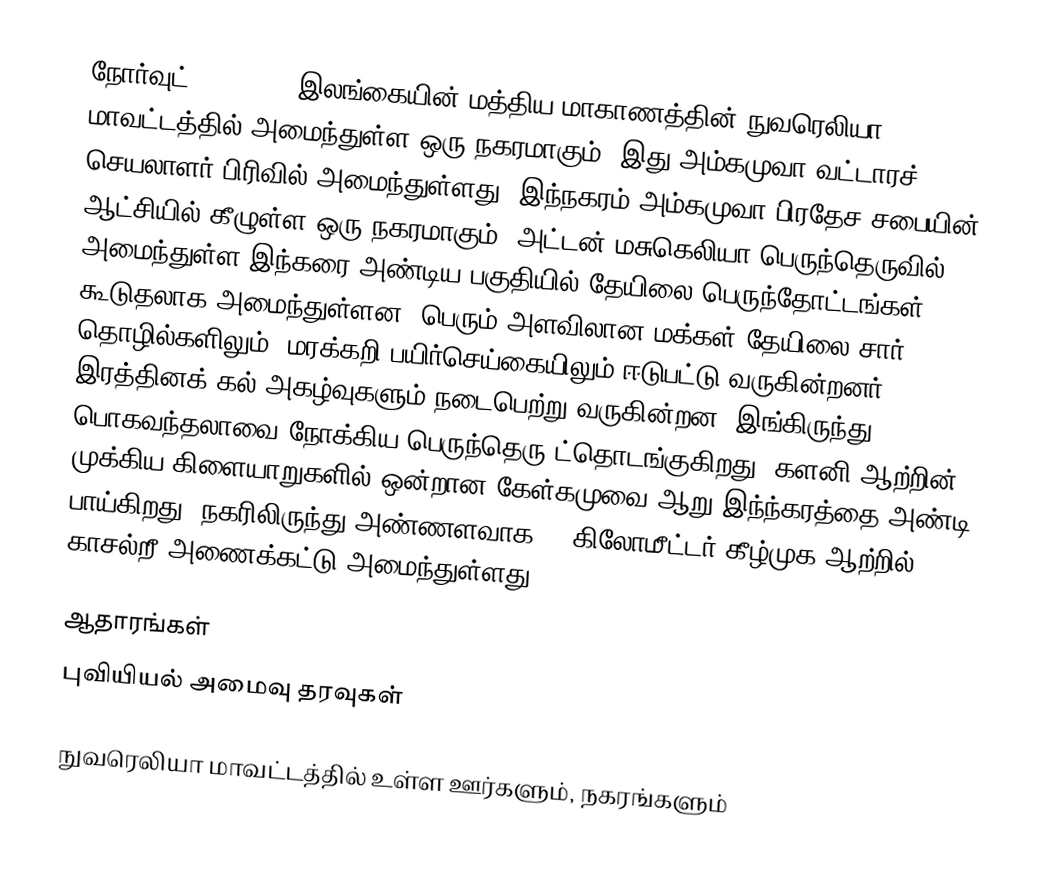
நோர்வுட் (Norwood) இலங்கையின் மத்திய மாகாணத்தின் நுவரெலியா மாவட்டத்தில் அமைந்துள்ள ஒரு நகரமாகும். இது அம்கமுவா வட்டாரச் செயலாளர் பிரிவில் அமைந்துள்ளது. இந்நகரம் அம்கமுவா பிரதேச சபையின் ஆட்சியில் கீழுள்ள ஒரு நகரமாகும். அட்டன் மசுகெலியா பெருந்தெருவில் அமைந்துள்ள இந்கரை அண்டிய பகுதியில் தேயிலை பெருந்தோட்டங்கள் கூடுதலாக அமைந்துள்ளன. பெரும் அளவிலான மக்கள் தேயிலை சார் தொழில்களிலும், மரக்கறி பயிர்செய்கையிலும் ஈடுபட்டு வருகின்றனர். இரத்தினக் கல் அகழ்வுகளும் நடைபெற்று வருகின்றன. இங்கிருந்து பொகவந்தலாவை நோக்கிய பெருந்தெரு ட்தொடங்குகிறது. களனி ஆற்றின் முக்கிய கிளையாறுகளில் ஒன்றான கேள்கமுவை ஆறு இந்ந்கரத்தை அண்டி பாய்கிறது. நகரிலிருந்து அண்ணளவாக 10 கிலோமீட்டர் கீழ்முக ஆற்றில் காசல்றீ அணைக்கட்டு அமைந்துள்ளது.

ஆதாரங்கள்
புவியியல் அமைவு தரவுகள்

நுவரெலியா மாவட்டத்தில் உள்ள ஊர்களும், நகரங்களும்